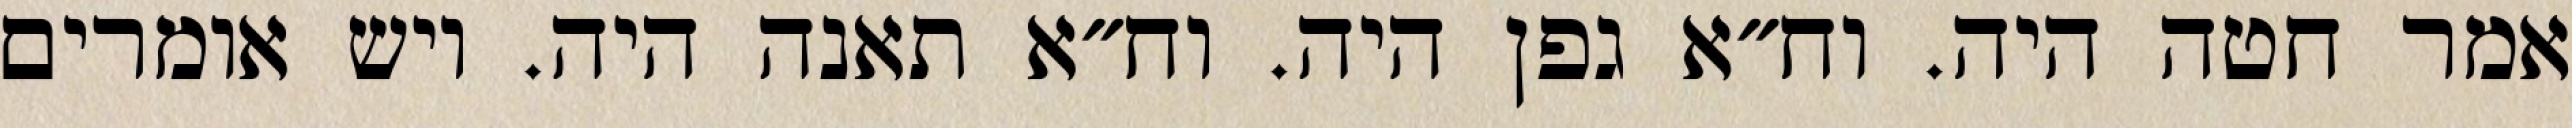
אמר חטה היה. וח״א גפן היה. וח״א תאנה היה. ויש אומרים